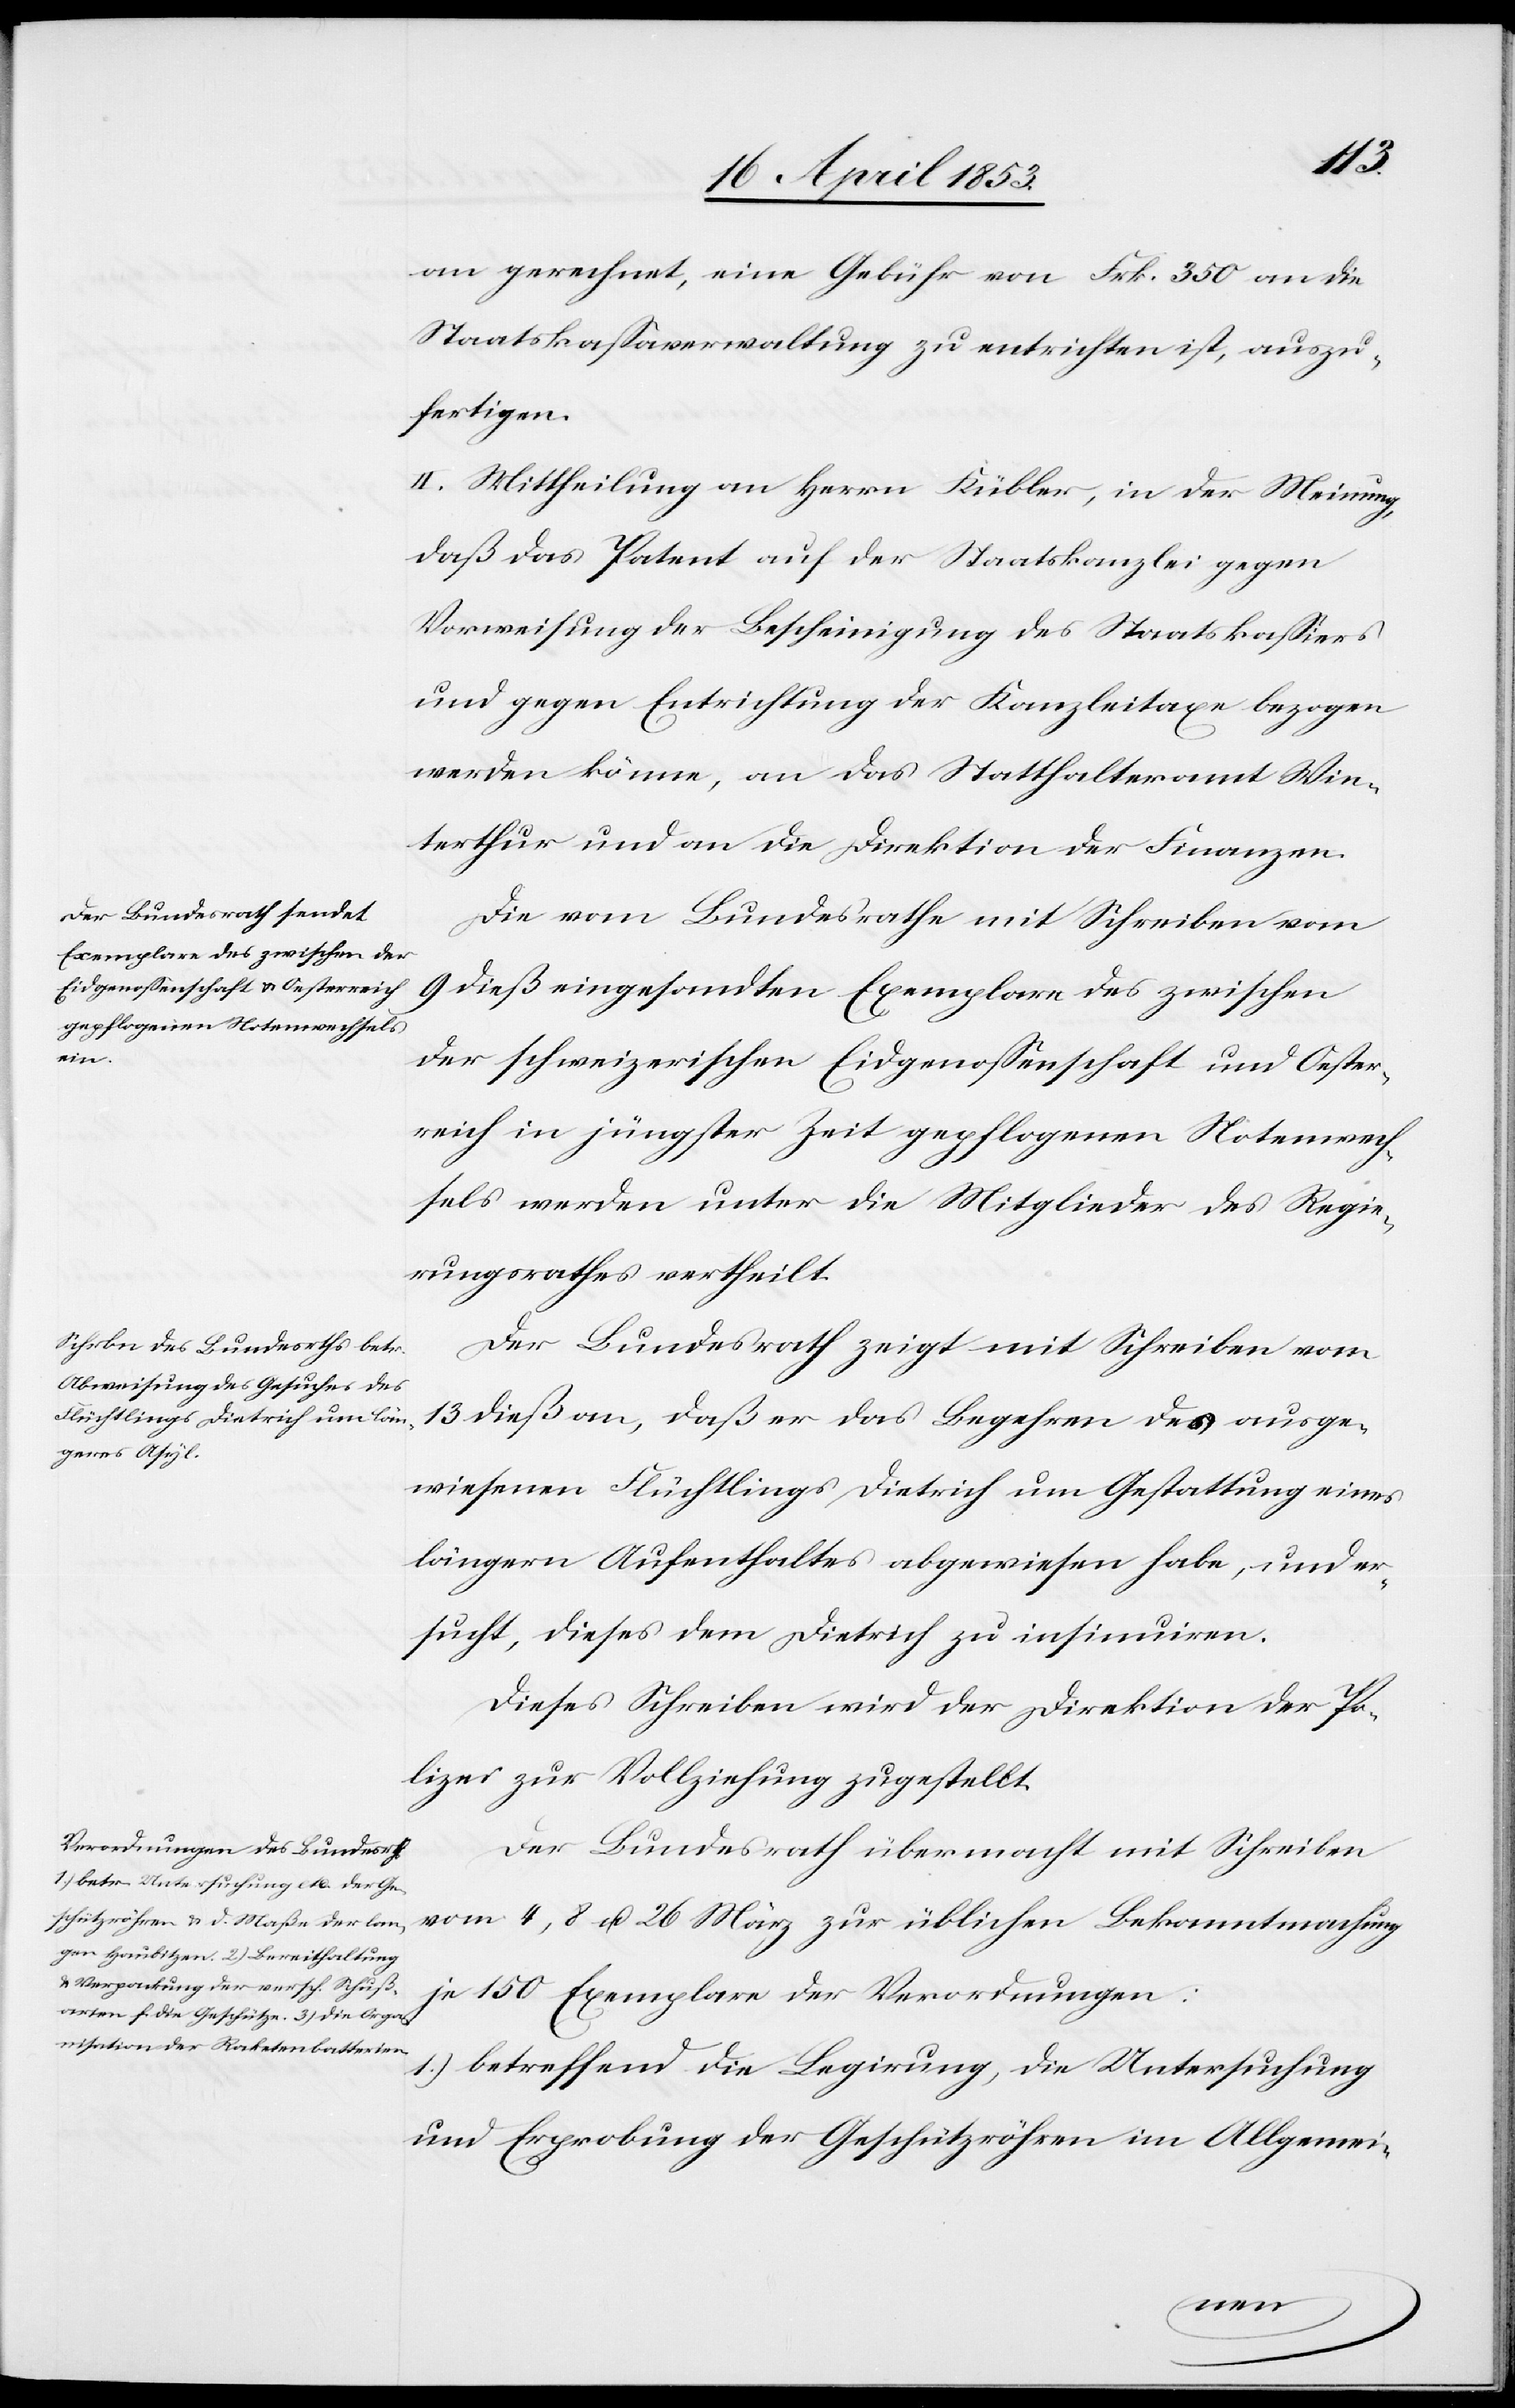
an gerechnet, eine Gebühr von Frk. 350 an die
Staatskaßaverwaltung zu entrichten ist, auszu¬
fertigen.
Die vom Bundesrathe mit Schreiben vom
9 dieß eingesandten Exemplare des zwischen
der schweizerischen Eidgenossenschaft und Oester¬
reich in jüngster Zeit gepflogenen Notenwech¬
sels werden unter die Mitglieder des Regie¬
rungsrathes vertheilt.
Der Bundesrath zeigt mit Schreiben vom
13 dieß an, daß er das Begehren des ausge¬
wiesenen Flüchtlings, Dietrich um Gestattung eines
längern Aufenthaltes abgewiesen habe, und er¬
sucht, dieses dem Herrn Dietrich zu insinuiren.
Dieses Schreiben wird der Direktion der Po¬
lizei zur Vollziehung gestellt.
Der Bundesrath übermacht mit Schreiben
vom 4, 8, u. 26 März zur üblichen Bekanntmachung
je 150 Exemplare der Verordnungen:
1.) betreffend die Legierung, die Untersuchung
und Erprobung der Geschützröhren im Allgemei-